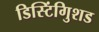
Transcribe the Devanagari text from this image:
डिस्टिंगुिशड